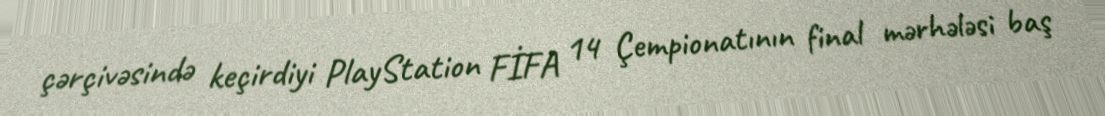
çərçivəsində keçirdiyi PlayStation FİFA 14 Çempionatının final mərhələsi baş